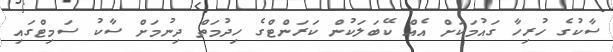
ސާކުގެ ހުރިހާ ގައުމަކަށް އެއް ކޭބަލަކުން ކަރަންޓްގެ ހިދުމަތް ދިނުމަށް ސާކު ސަމިޓްގައި